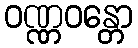
ဝဏ္ဏဝန္တော